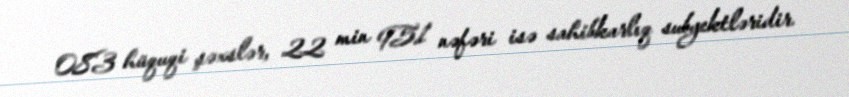
083 hüquqi şəxslər, 22 min 951 nəfəri isə sahibkarlıq subyektləridir.